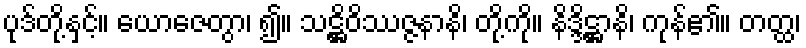
ပုဒ်တို့နှင့်။ ယောဇေတွာ၊ ၍။ သဋ္ဌိဝိဿဇ္ဇနာနိ၊ တို့ကို။ နိဒ္ဒိဋ္ဌာနိ၊ ကုန်၏။ တတ္ထ၊